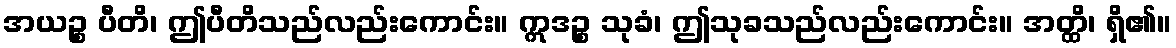
အယဉ္စ ပီတိ၊ ဤပီတိသည်လည်းကောင်း။ ဣဒဉ္စ သုခံ၊ ဤသုခသည်လည်းကောင်း။ အတ္ထိ၊ ရှိ၏။